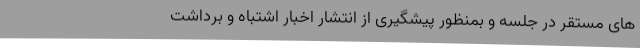
های مستقر در جلسه و بمنظور پیشگیری از انتشار اخبار اشتباه و برداشت